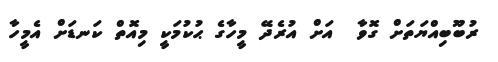
ރުބޫބިއްޔަތަށް ގޮވާ  އަށް އުރެދޭ މީހާގެ ޙުކުމަކީ މިއޮތް ކަނޑަށް އެމީހާ